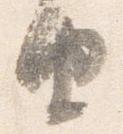
由